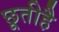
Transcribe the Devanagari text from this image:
छूतीहै